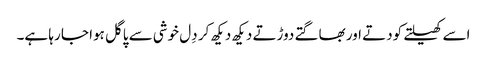
اسے کھیلتے کودتے اور بھاگتے دوڑتے دیکھ دیکھ کر دِل خوشی سے پاگل ہوا جا رہا ہے۔